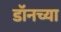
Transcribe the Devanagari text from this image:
डॉनच्या